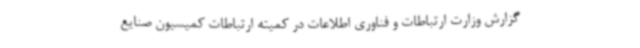
گزارش وزارت ارتباطات و فناوری اطلاعات در کمیته ارتباطات کمیسیون صنایع